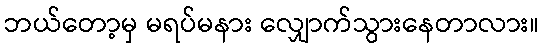
ဘယ်တော့မှ မရပ်မနား လျှောက်သွားနေတာလား။